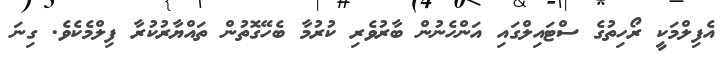
އެފިލްމަކީ ރޯހިތުގެ ސްޓައިލްގައި އަންހެނުން ބާރުވެރި ކުރުމާ ބެހޭގޮތުން ތައްޔާރުކުރާ ފިލްމެކެވެ. ގިނަ